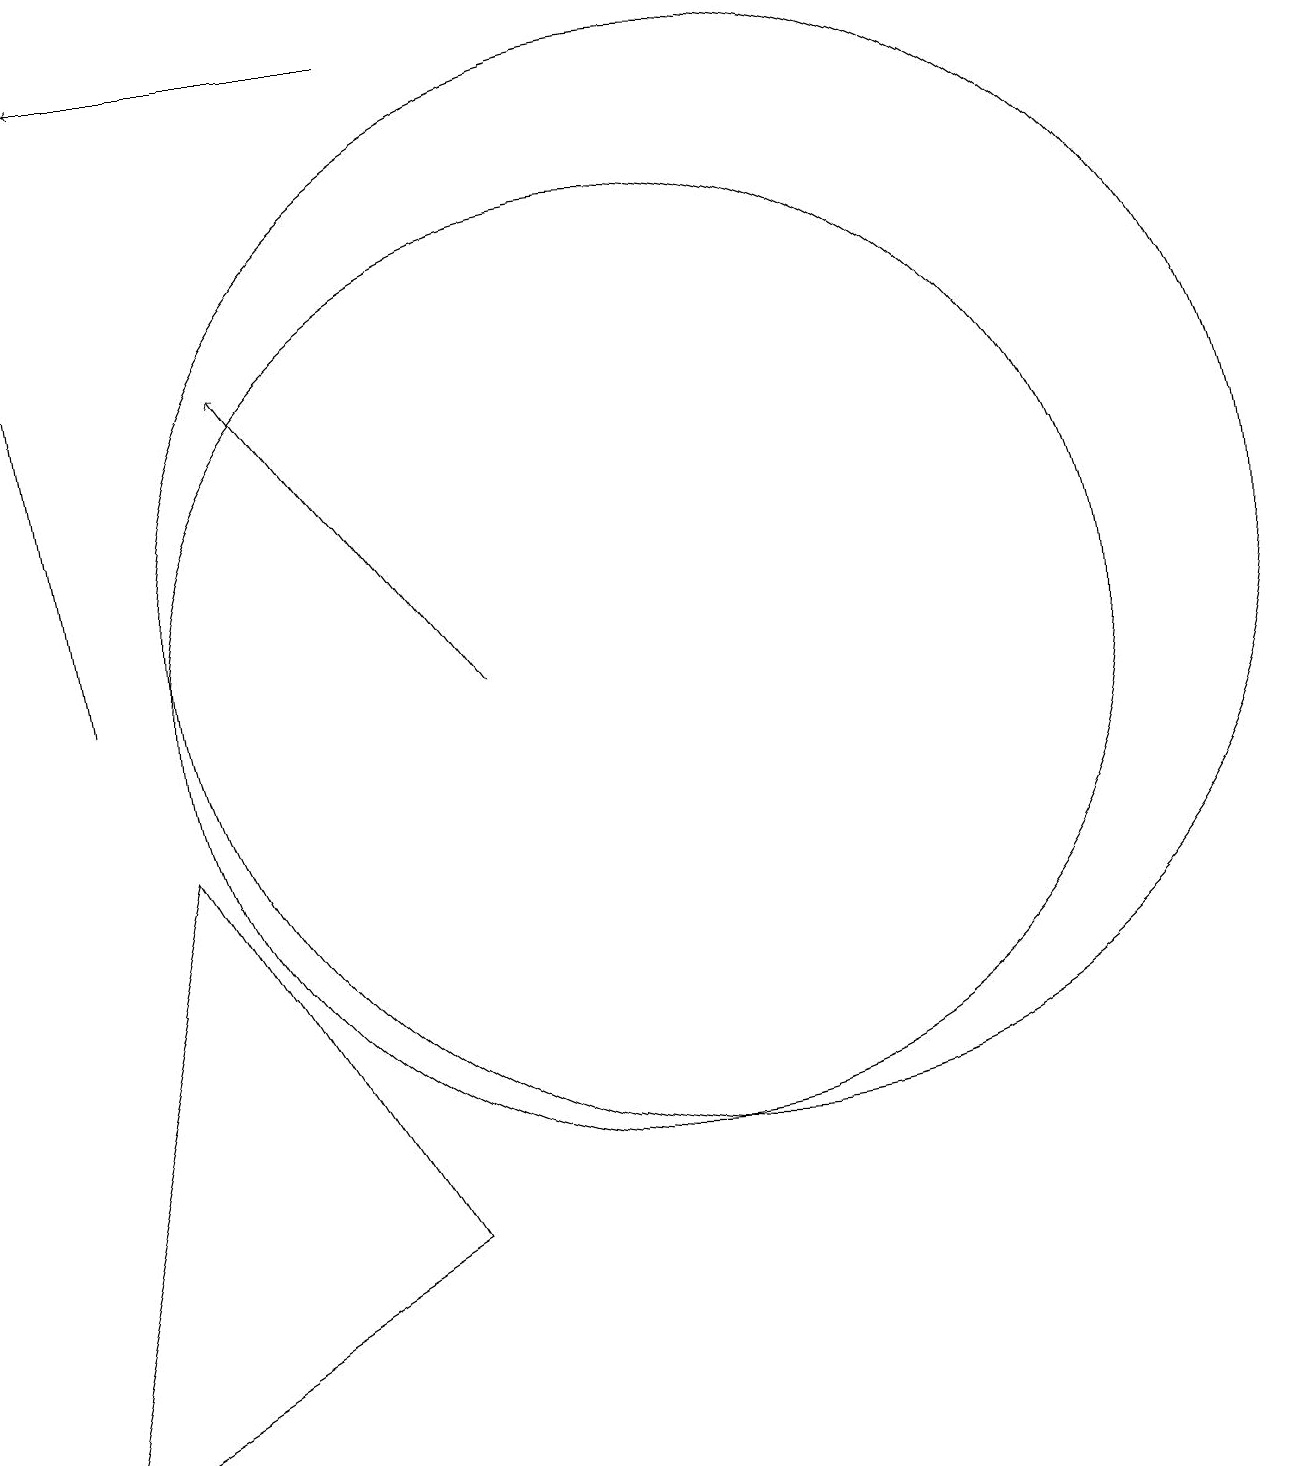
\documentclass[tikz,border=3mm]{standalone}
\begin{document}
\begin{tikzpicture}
\draw[->] (8,18) -- (4,18);
\draw (3,0) -- (5,8) -- (8,3) -- cycle;
\draw[->] (9,10) -- (6,14);
\draw (12,11) circle (7);
\draw (11,10) circle (6);
\draw[->] (4,10) -- (3,17);
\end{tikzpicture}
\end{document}